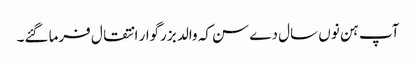
آپ ہن نوں سال دے سن کہ والد بزرگوار انتقال فرما گئے۔